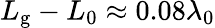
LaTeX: L_{\mathrm{g}}-L_{0}\approx 0.08\lambda_{0}